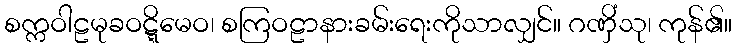
စက္ကဝါဠမုခဝဋ္ဋိမေဝ၊ စကြဝဠာနားခမ်းရေးကိုသာလျှင်။ ဂဏှိံသု၊ ကုန်၏။